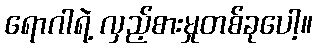
ရောဂါရဲ့ လှည့်စားမှုတစ်ခုပေါ့။